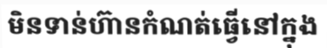
មិនទាន់ហ៊ានកំណត់ធ្វើនៅក្នុង